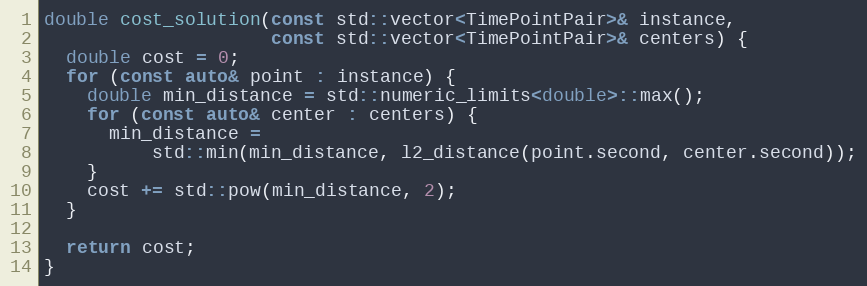
Language: C++
double cost_solution(const std::vector<TimePointPair>& instance,
                     const std::vector<TimePointPair>& centers) {
  double cost = 0;
  for (const auto& point : instance) {
    double min_distance = std::numeric_limits<double>::max();
    for (const auto& center : centers) {
      min_distance =
          std::min(min_distance, l2_distance(point.second, center.second));
    }
    cost += std::pow(min_distance, 2);
  }

  return cost;
}